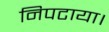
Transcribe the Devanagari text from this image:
निपटाया।